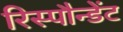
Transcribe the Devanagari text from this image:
रिस्पौन्डेंट